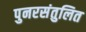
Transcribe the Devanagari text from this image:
पुनरसंतुलित